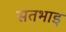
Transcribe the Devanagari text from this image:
सतभाइ